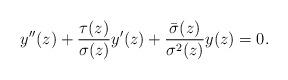
LaTeX: \begin{align*} y''(z) + \frac{\tau(z)}{\sigma(z)} y'(z) + \frac{\bar{\sigma}(z)}{\sigma^2(z)} y(z) = 0.\end{align*}